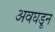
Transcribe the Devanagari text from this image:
अवघडून